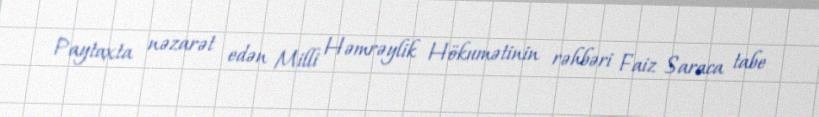
Paytaxta nəzarət edən Milli Həmrəylik Hökumətinin rəhbəri Faiz Saraca tabe